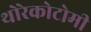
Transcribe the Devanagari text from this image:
थोरेकोटोमी